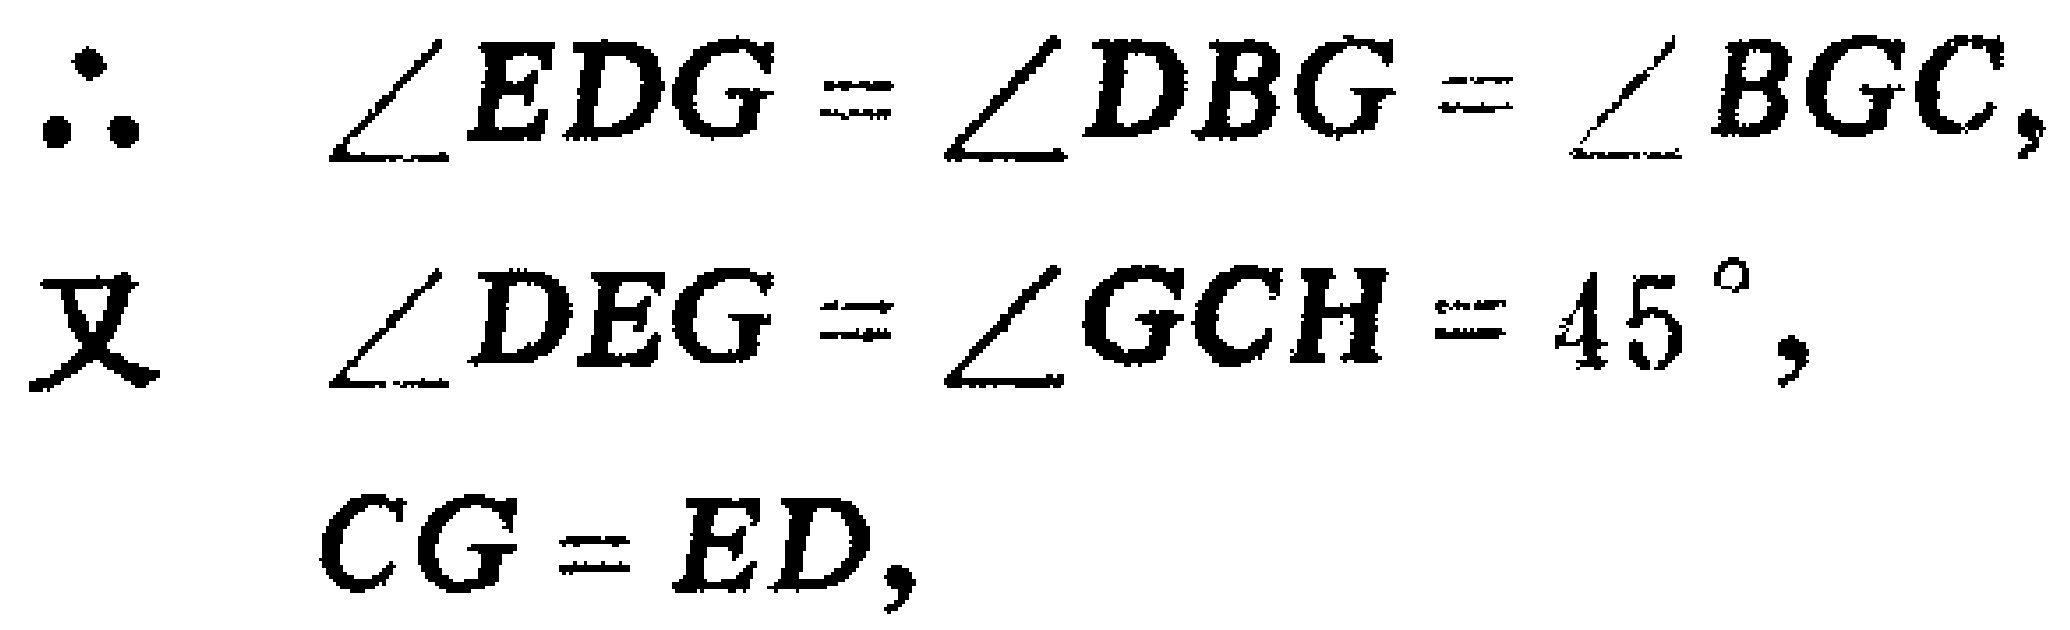
\[\begin{align*}

\therefore\quad &\angle EDG = \angle DBG=\angle BGC,\\

\text{又}\quad &\angle DEG=\angle GCH = 45^{\circ},\\

&CG = ED,

\end{align*}\]